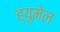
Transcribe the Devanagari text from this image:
ह्युमेल